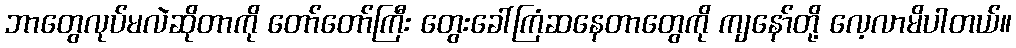
ဘာတွေလုပ်မလဲဆိုတာကို တော်တော်ကြီး တွေးခေါ်ကြံဆနေတာတွေကို ကျနော်တို့ လေ့လာမိပါတယ်။